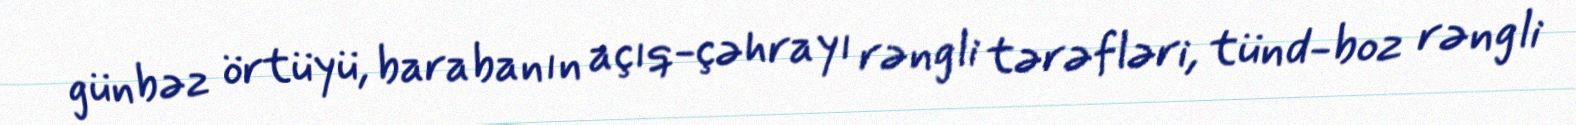
günbəz örtüyü, barabanın açıq-çəhrayı rəngli tərəfləri, tünd-boz rəngli